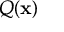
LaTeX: Q ( \mathbf { x } )